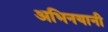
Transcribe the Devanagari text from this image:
अभिनयानी